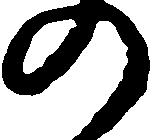
の